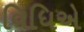
વિધિએ